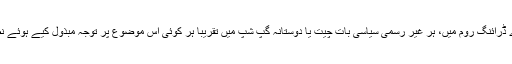
ہر دوسرے ڈرائنگ روم میں، ہر غیر رسمی سیاسی بات چیت یا دوستانہ گپ شپ میں تقریبا ہر کوئی اس موضوع پر توجہ مبذول کیے ہوئے نظر آتا ہے۔